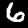
Label: 6